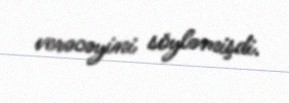
verəcəyini söyləmişdi.